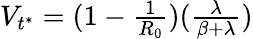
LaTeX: \begin{array}{r}{V_{t^{*}}=(1-\frac{1}{R_{0}})(\frac{\lambda}{\beta+\lambda})}\end{array}